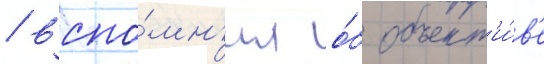
/ вспо́мн'ил о́б объект'и́в'е